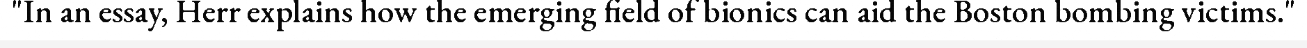
"In an essay, Herr explains how the emerging field of bionics can aid the Boston bombing victims."